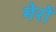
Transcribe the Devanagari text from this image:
मेरों